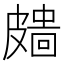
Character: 𥀖